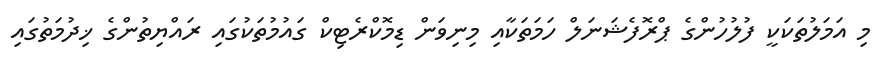
މި އަމަލުތަކަކީ ފުލުހުންގެ ޕްރޮފެޝަނަލް ހަމަތަކާއި މިނިވަން ޑިމޮކްރެޓިކް ގައުމުތަކުގައި ރައްޔިތުންގެ ޚިދުމަތުގައި